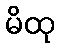
မိထု